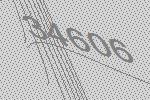
34606